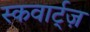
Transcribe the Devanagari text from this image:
स्कवार्ट्ज़